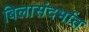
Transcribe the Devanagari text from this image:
बिलासंदर्भात